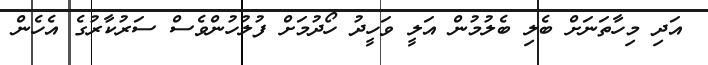
އަދި މިހާތަނަށް ބެލި ބެލުމުން އަލީ ވަހީދު ހޯދުމަށް ފުލުހުންވެސް ސަރުކާރުގެ އެހެން